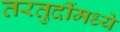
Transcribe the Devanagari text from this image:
तरतुदींमध्ये